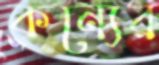
কন্যের